Scottish Leaving Certificate Examination, 1961
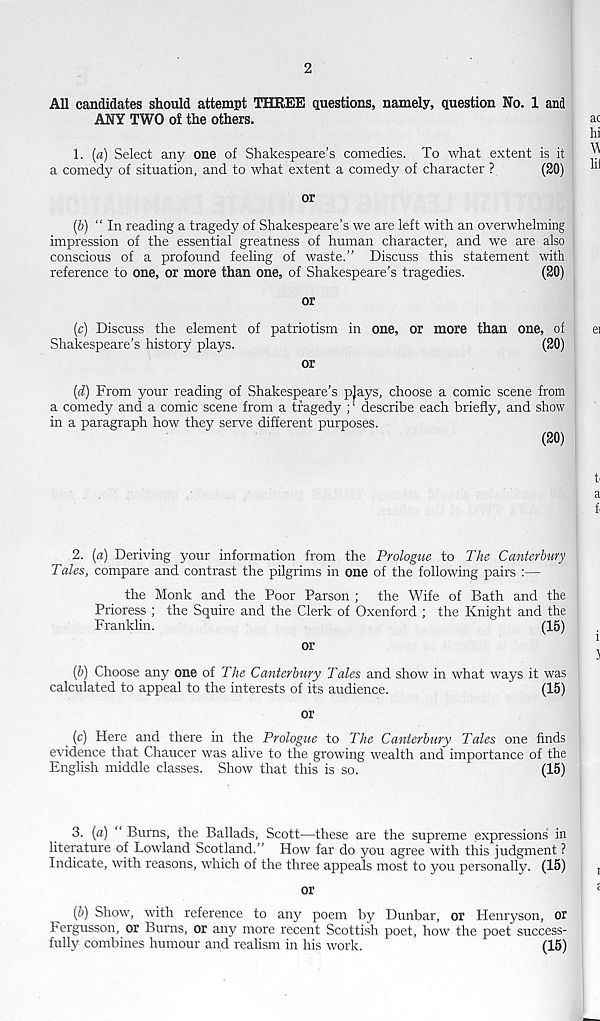
2
All candidates should attempt THREE questions, namely, question No. 1 and
ANY TWO of the others.
1. (a) Select any one of Shakespeare’s comedies. To what extent is it
a comedy of situation, and to what extent a comedy of character ?
(20)
or
(b) “ In reading a tragedy of Shakespeare’s we are left with an overwhelming
impression of the essential greatness of human character, and we are also
conscious of a profound feeling of waste.” Discuss this statement with
reference to one, or more than one, of Shakespeare’s tragedies.
(20)
or
(c) Discuss the element of patriotism in one, or more than one, of
Shakespeare’s history plays.
(20)
or
(d) From your reading of Shakespeare’s plays, choose a comic scene from
a comedy and a comic scene from a tragedy ;' describe each briefly, and show
in a paragraph how they serve different purposes.
(20)
2. (a) Deriving your information from the Prologue to The Canterbury
Tales, compare and contrast the pilgrims in one of the following pairs :—
the Monk and the Poor Parson ; the Wife of Bath and the
Prioress ; the Squire and the Clerk of Oxenford ; the Knight and the
Franklin.
(15)
or
(b) Choose any one of The Canterbury Tales and show in what ways it was
calculated to appeal to the interests of its audience.
(15)
or
(c) Here and there in the Prologue to The Canterbury Tales one finds
evidence that Chaucer was alive to the growing wealth and importance of the
English middle classes. Show that this is so.
(15)
3. (a) " Bums, the Ballads, Scott—these are the supreme expressions in
literature of Lowland Scotland.” How far do you agree with this judgment ?
Indicate, with reasons, which of the three appeals most to you personally. (15)
or
(6) Show, with reference to any poem by Dunbar, or Henryson, or
Fergusson, or Bums, or any more recent Scottish poet, how the poet success-
fully combines humour and realism in his work.
(15)